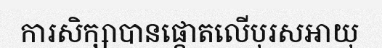
ការសិក្សាបានផ្តោតលើបុរសអាយុ